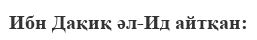
Ибн Дақиқ әл-Ид айтқан: